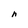
Character: h